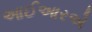
આઈઆરએ